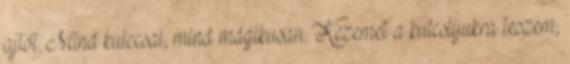
ajtót. Mind kulccsal, mind mágikusan. Kezemet a kulcslyukra teszem,